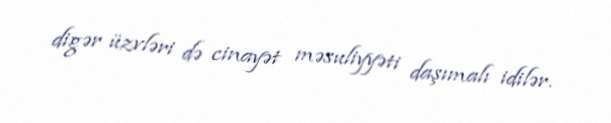
digər üzvləri də cinayət məsuliyyəti daşımalı idilər.